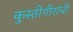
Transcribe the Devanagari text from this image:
कुस्तीगीरांची